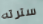
سترته